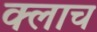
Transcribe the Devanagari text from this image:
क्लाच